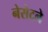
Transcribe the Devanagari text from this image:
नेसेटने